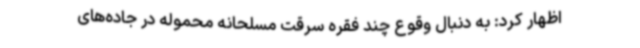
اظهار کرد: به دنبال وقوع چند فقره سرقت مسلحانه محموله در جاده‌های